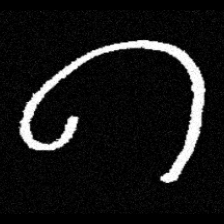
Pyu character \u2014 Myanmar letter: ဂ (romanized: ga)